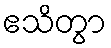
ဧသိတွာ